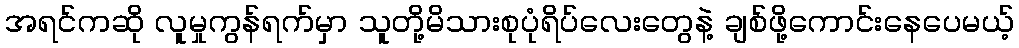
အရင်ကဆို လူမှုကွန်ရက်မှာ သူတို့မိသားစုပုံရိပ်လေးတွေနဲ့ ချစ်ဖို့ကောင်းနေပေမယ့်